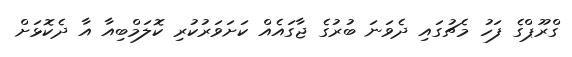
ގްރޫޕްގެ ފަހު މެޗުގައި ދެވަނަ ބުރުގެ ޖާގައެއް ކަށަވަރުކުރި ކޮލަމްބިއާ އާ ދެކޮޅަށް